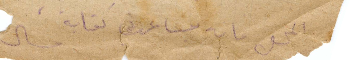
المحل بانه مساعدتي كتابة ميشال